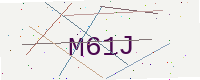
Text: M61J